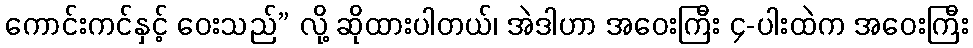
ကောင်းကင်နှင့် ဝေးသည်” လို့ ဆိုထားပါတယ်၊ အဲဒါဟာ အဝေးကြီး ၄-ပါးထဲက အဝေးကြီး